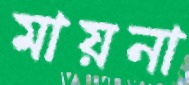
মায়না